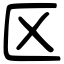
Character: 区